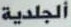
الجلدیة